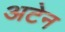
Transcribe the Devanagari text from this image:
अटेन